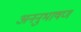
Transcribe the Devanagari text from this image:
अननुभाषण